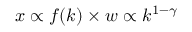
x \propto f ( k ) \times w \propto k ^ { 1 - \gamma }